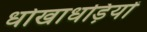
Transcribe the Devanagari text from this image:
धोखाधड़ियों